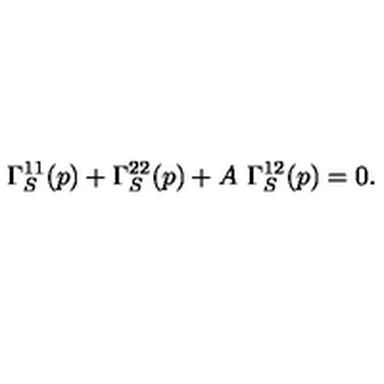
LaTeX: \Gamma _ { S } ^ { 1 1 } ( p ) + \Gamma _ { S } ^ { 2 2 } ( p ) + A \ \Gamma _ { S } ^ { 1 2 } ( p ) = 0 .